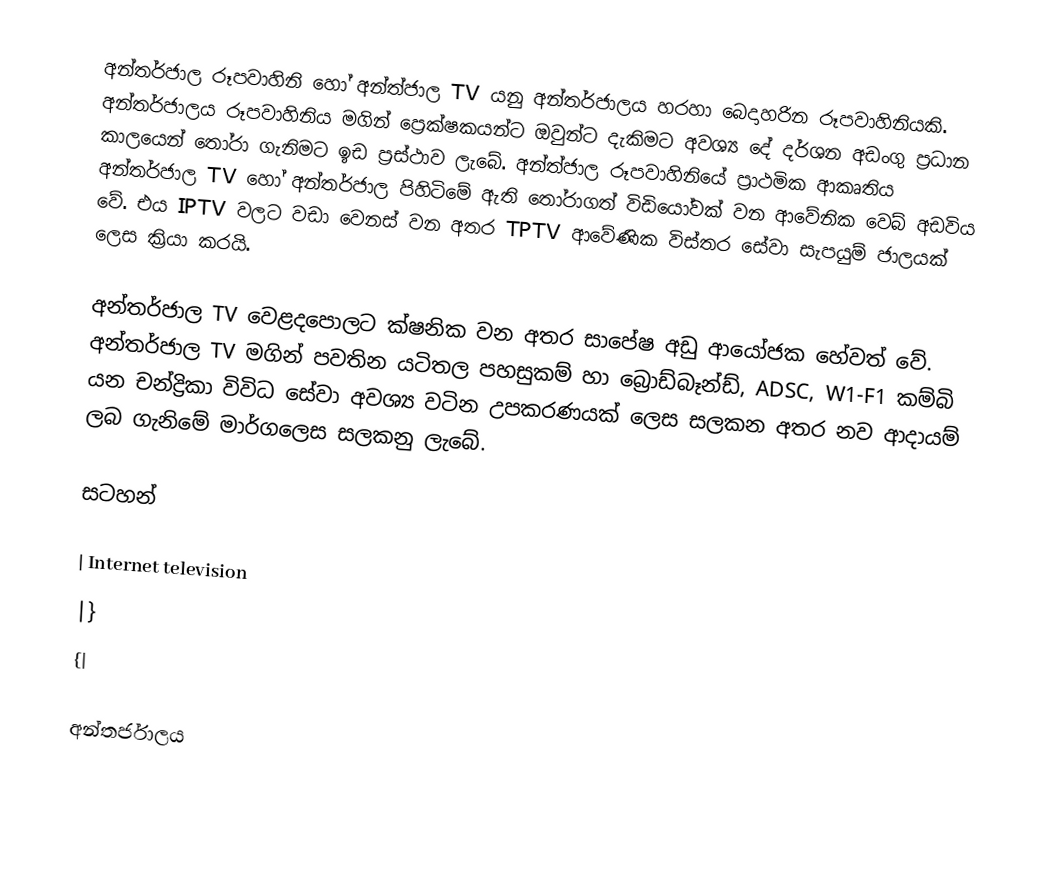
අන්තර්ජාල රූපවාහිනි හෝ අන්ත්ජාල TV යනු අන්තර්ජාලය හරහා බෙදාහරින රූපවාහිනියකි. අන්තර්ජාලය රූපවාහිනිය මගින් ප්‍රෙක්ෂකයන්ට ඔවුන්ට දැකිමට අවශ්‍ය ‍දේ දර්ශන අඩංගු ප්‍රධාන කාලයෙන් තෝරා ගැනිමට ඉඩ ප්‍රස්ථාව ලැබේ. අන්ත්ජාල රූපවාහිනියේ ප්‍රාථමික ආකෘතිය අන්තර්ජාල TV හෝ අන්තර්ජාල පිහිටිමේ ඇති තෝරාගත් විඩියෝවක් වන ආවේනික ‍වෙබ් අඩවිය වේ. එය IPTV වලට වඩා වෙනස් වන අතර  TPTV ආවේණික විස්තර සේවා සැපයුම් ජාලයක් ලෙස ක්‍රියා කරයි.

අන්තර්ජාල TV‍ වෙළදපොලට ක්ෂනික වන අතර සාපේෂ අඩු ආයෝජක හේවත් වේ. අන්තර්ජාල TV මගින් පවතින යටිතල පහසුකම් ‍හා බ්‍රොඩ්බෑන්ඩ්, ADSC, W1-F1 කම්බි යන චන්ද්‍රිකා විවිධ සේවා අවශ්‍ය වටින උපකරණයක් ලෙස සලකන අතර නව ආදායම් ලබ ගැනිමේ මාර්ග‍ලෙස සලකනු ලැබේ.

සටහන්

| Internet television
|}
{|

අන්තර්ජාලය